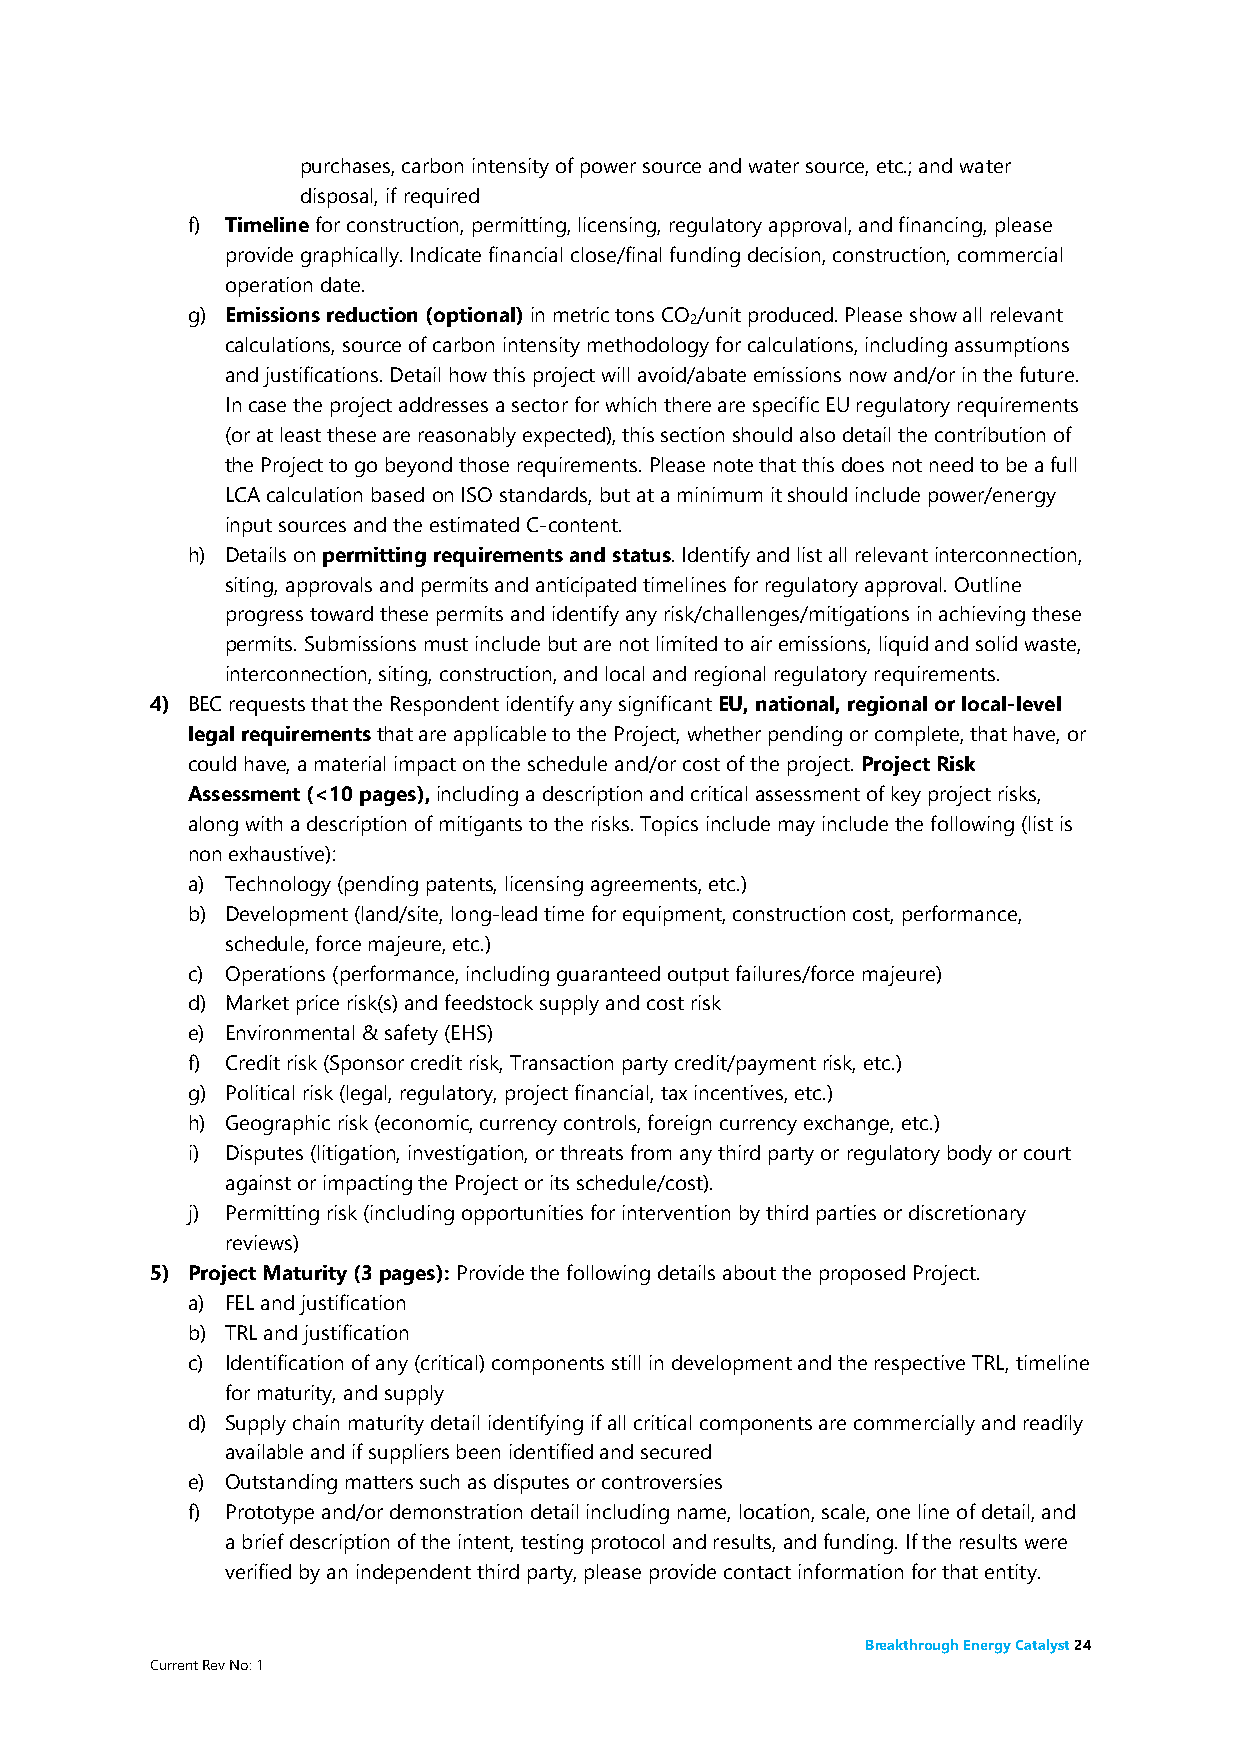
purchases, carbon intensity of power source and water source, etc.; and water
 disposal, if required
 f) Timeline for construction, permitting, licensing, regulatory approval, and financing, please
 provide graphically. Indicate financial close/final funding decision, construction, commercial
 operation date.
 g) Emissions reduction (optional) in metric tons CO /unit produced. Please show all relevant
 2
 calculations, source of carbon intensity methodology for calculations, including assumptions
 and justifications. Detail how this project will avoid/abate emissions now and/or in the future.
 In case the project addresses a sector for which there are specific EU regulatory requirements
 (or at least these are reasonably expected), this section should also detail the contribution of
 the Project to go beyond those requirements. Please note that this does not need to be a full
 LCA calculation based on ISO standards, but at a minimum it should include power/energy
 input sources and the estimated C-content.
 h) Details on permitting requirements and status. Identify and list all relevant interconnection,
 siting, approvals and permits and anticipated timelines for regulatory approval. Outline
 progress toward these permits and identify any risk/challenges/mitigations in achieving these
 permits. Submissions must include but are not limited to air emissions, liquid and solid waste,
 interconnection, siting, construction, and local and regional regulatory requirements.
 4) BEC requests that the Respondent identify any significant EU, national, regional or local-level
 legal requirements that are applicable to the Project, whether pending or complete, that have, or
 could have, a material impact on the schedule and/or cost of the project. Project Risk
 Assessment (<10 pages), including a description and critical assessment of key project risks,
 along with a description of mitigants to the risks. Topics include may include the following (list is
 non exhaustive):
 a) Technology (pending patents, licensing agreements, etc.)
 b) Development (land/site, long-lead time for equipment, construction cost, performance,
 schedule, force majeure, etc.)
 c) Operations (performance, including guaranteed output failures/force majeure)
 d) Market price risk(s) and feedstock supply and cost risk
 e) Environmental & safety (EHS)
 f) Credit risk (Sponsor credit risk, Transaction party credit/payment risk, etc.)
 g) Political risk (legal, regulatory, project financial, tax incentives, etc.)
 h) Geographic risk (economic, currency controls, foreign currency exchange, etc.)
 i) Disputes (litigation, investigation, or threats from any third party or regulatory body or court
 against or impacting the Project or its schedule/cost).
 j) Permitting risk (including opportunities for intervention by third parties or discretionary
 reviews)
 5) Project Maturity (3 pages): Provide the following details about the proposed Project.
 a) FEL and justification
 b) TRL and justification
 c) Identification of any (critical) components still in development and the respective TRL, timeline
 for maturity, and supply
 d) Supply chain maturity detail identifying if all critical components are commercially and readily
 available and if suppliers been identified and secured
 e) Outstanding matters such as disputes or controversies
 f) Prototype and/or demonstration detail including name, location, scale, one line of detail, and
 a brief description of the intent, testing protocol and results, and funding. If the results were
 verified by an independent third party, please provide contact information for that entity.
 Breakthrough Energy Catalyst 24
 Current Rev No: 1